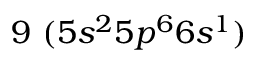
9 ~ ( 5 s ^ { 2 } 5 p ^ { 6 } 6 s ^ { 1 } )